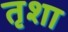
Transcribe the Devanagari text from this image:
तृशा